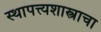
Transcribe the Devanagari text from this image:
स्थापत्त्यशास्त्राचा